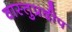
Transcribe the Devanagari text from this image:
वास्तुप्रदीप